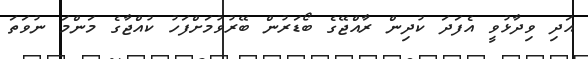
އަދި ވިދާޅުވީ އެފަދަ ކުދިން ރާއްޖޭގެ ބޯޑަރުން ބޭރުވުމަށްފަހު ކުއްޖާގެ މަންމަ ނުވަތަ